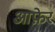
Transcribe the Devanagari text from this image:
आफ़ेर